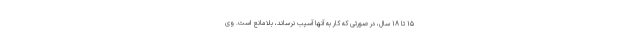
۱۵ تا ۱۸ سال، در صورتی که کار به آنها آسیب نرساند، بلامانع است. وی